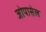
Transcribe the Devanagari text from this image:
जोपासेल